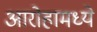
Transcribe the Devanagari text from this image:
आरोहामध्ये